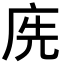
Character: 𢈇